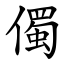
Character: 㒔